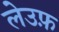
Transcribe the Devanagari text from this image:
लेउफ़